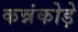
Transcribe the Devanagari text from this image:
कन्नंकोड़े